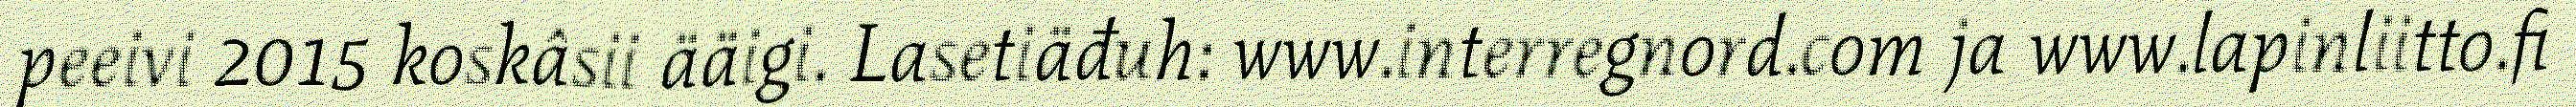
peeivi 2015 koskâsii ääigi. Lasetiäđuh: www.interregnord.com ja www.lapinliitto.fi